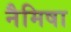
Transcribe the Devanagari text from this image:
नैमिषा